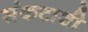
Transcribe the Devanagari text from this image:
संकटाशी